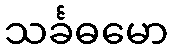
သင်္ခဓမော